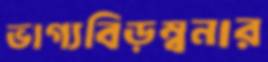
ভাগ্যবিড়ম্বনার